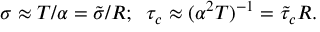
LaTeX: \sigma \approx T / \alpha = \tilde { \sigma } / R ; \; \; \tau _ { c } \approx ( \alpha ^ { 2 } T ) ^ { - 1 } = \tilde { \tau } _ { c } R .